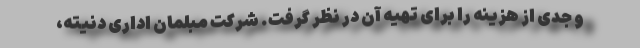
و جدی از هزینه را برای تهیه آن در نظر گرفت. شرکت مبلمان اداری دنیته،